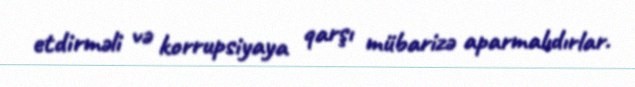
etdirməli və korrupsiyaya qarşı mübarizə aparmalıdırlar.